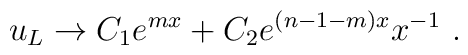
u_{L} \to C_1 e^{mx} + C_2 e^{(n-1-m)x}x^{-1}~.